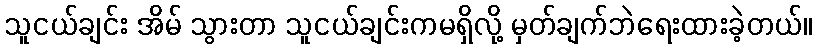
သူငယ်ချင်း အိမ် သွားတာ သူငယ်ချင်းကမရှိလို့ မှတ်ချက်ဘဲရေးထားခဲ့တယ်။